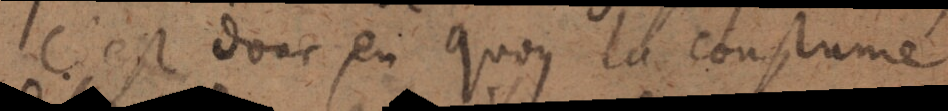
C’est donc en quoy la coustume